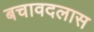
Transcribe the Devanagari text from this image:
बचावदलास